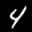
Digit: 4